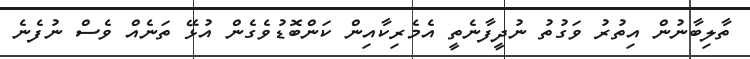
ތާލިބާނުން އިތުރު ވަގުތު ނުދީފާނެތީ އެމެރިކާއިން ކަންބޮޑުވެގެން އުޅޭ ތަނެއް ވެސް ނުފެނެ